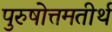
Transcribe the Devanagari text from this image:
पुरुषोत्तमतीर्थ